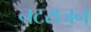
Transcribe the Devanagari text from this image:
नटराजन्‌